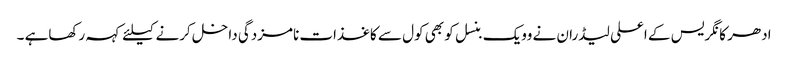
ادھر کانگریس کے اعلی لیڈران نے وویک بنسل کو بھی کول سے کاغذات نامزدگی داخل کرنے کیلئے کہہ رکھاہے ۔